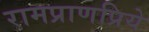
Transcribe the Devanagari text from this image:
रामप्राणप्रिये